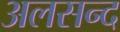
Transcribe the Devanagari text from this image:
अलसन्द